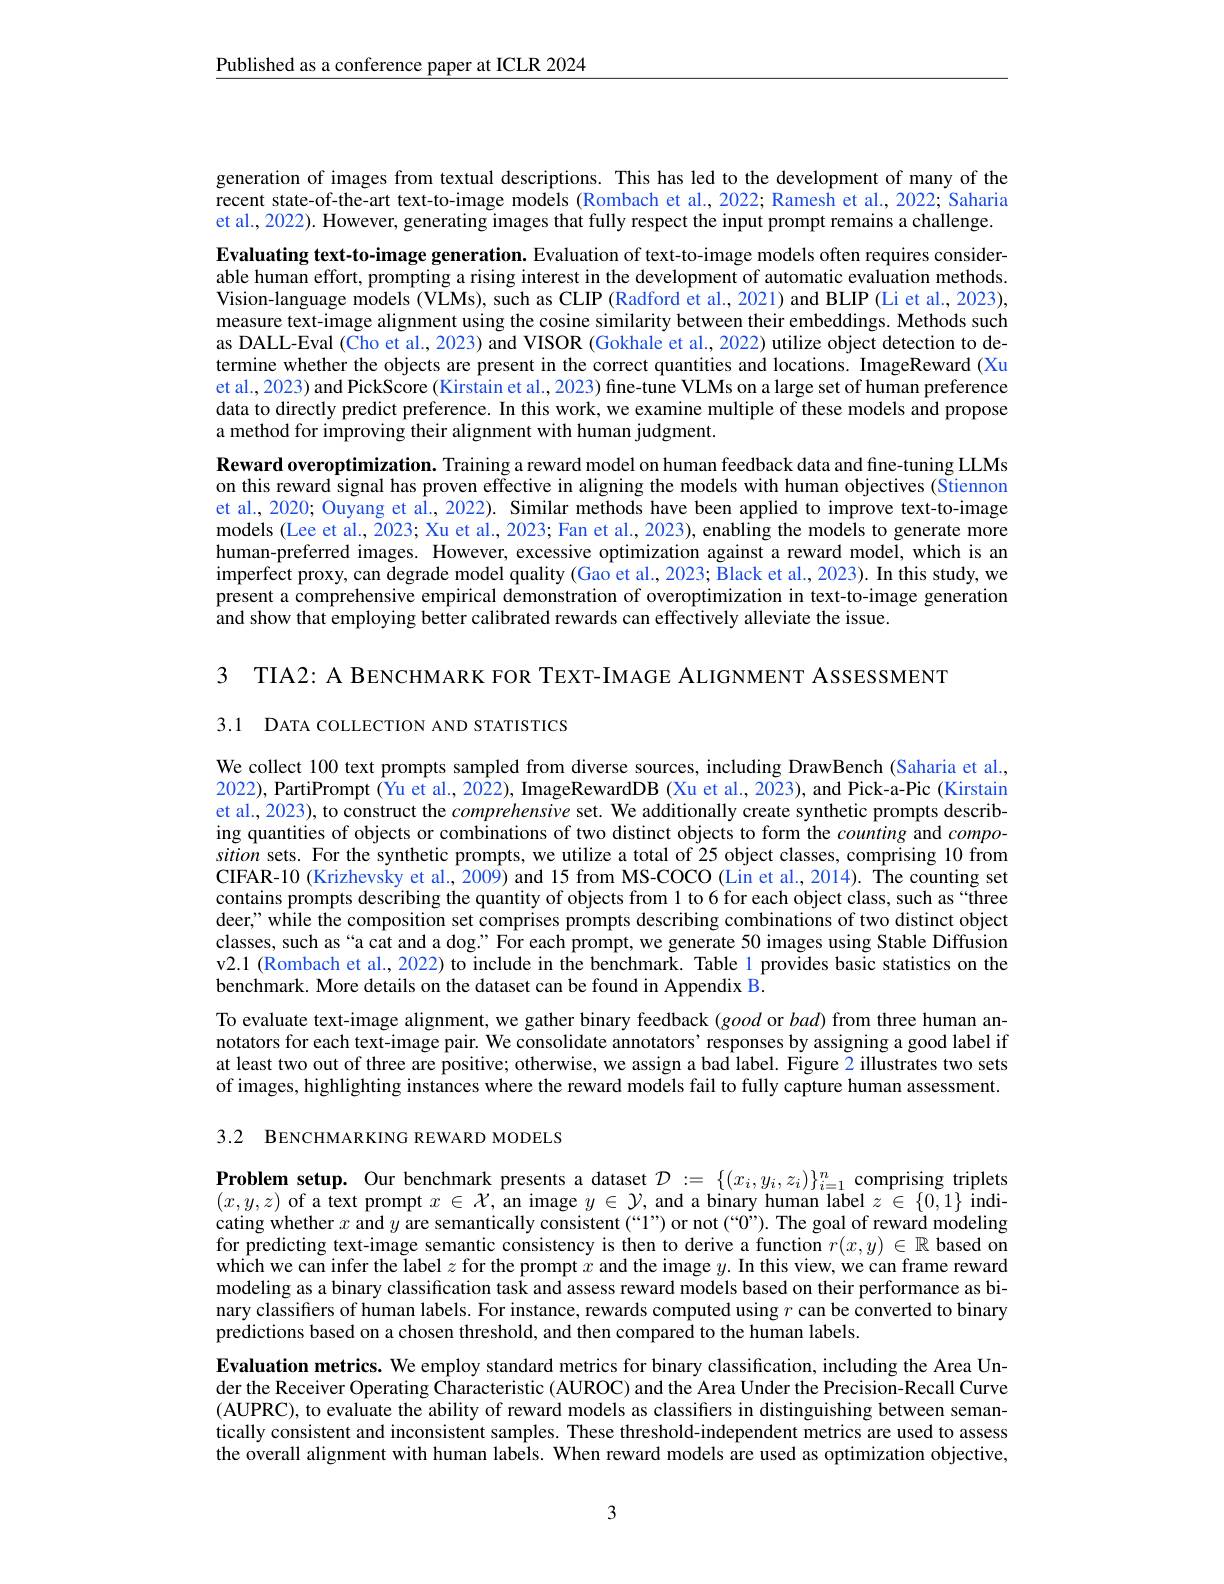
$\underline{\text{Published as a conference paper at ICLR 2024}}$

generation of images from textual descriptions. This has led to the development of many of the recent state-of-the-art text-to-image models (Rombach et al., 2022; Ramesh et al., 2022; Saharia et al., 2022). However, generating images that fully respect the input prompt remains a challenge. Evaluating text-to-image generation. Evaluation of text-to-image models often requires considerable human effort, prompting a rising interest in the development of automatic evaluation methods Vision-language models (VLMs), such as CLIP (Radford et al., 2021) and BLIP (Li et al., 2023), measure text-image alignment using the cosine similarity between their embeddings. Methods such as DALL-Eval (Cho et al., 2023) and VISOR (Gokhale et al., 2022) utilize object detection to determine whether the objects are present in the correct quantities and locations. ImageReward (Xu et al., 2023) and PickScore (Kirstain et al., 2023) fine-tune VLMs on a large set of human preference data to directly predict preference. In this work, we examine multiple of these models and propose a method for improving their alignment with human judgment.
Reward overoptimization. Training a reward model on human feedback data and fine-tuning LLMs on this reward signal has proven effective in aligning the models with human objectives (Stiennon et al., 2020; Ouyang et al., 2022). Similar methods have been applied to improve text-to-image models (Lee et al., 2023; Xu et al., 2023; Fan et al., 2023), enabling the models to generate more human-preferred images. However, excessive optimization against a reward model, which is an imperfect proxy, can degrade model quality (Gao et al., 2023; Black et al., 2023). In this study, we present a comprehensive empirical demonstration of overoptimization in text-to-image generation and show that employing better calibrated rewards can effectively alleviate the issue.

3 TIA2: A BENCHMARK FOR TEXT-IMAGE ALIGNMENT ASSESSMENT
3.1 DATA COLLECTION AND STATISTICS

We collect 100 text prompts sampled from diverse sources, including DrawBench (Saharia et al., 2022), PartiPrompt ($\hat{\text{Yu et al., 2022), ImageRewardDB (Xu et al., 2023), and Pick-a-Pic (Kirstaint })}$ et al., 2023), to construct the comprehensive set. We additionally create synthetic prompts describing quantities of objects or combinations of two distinct objects to form the counting and $compo-$ sition sets. For the synthetic prompts, we utilize a total of 25 object classes, comprising 10 from CIFAR-10 (Krizhevsky et al., 2009) and 15 from MS-COCO (Lin et al., 2014). The counting set contains prompts describing the quantity of objects from 1 to 6 for each object class, such as “three deer;" while the composition set comprises prompts describing combinations of two distinct object classes, such as“a cat and a dog:” For each prompt, we generate 50 images using Stable Diffusion v2.1 (Rombach et al., 2022) to include in the benchmark. Table 1 provides basic statistics on the benchmark. More details on the dataset can be found in Appendix B.
To evaluate text-image alignment, we gather binary feedback $(good$ or $bad)$ from three human annotators for each text-image pair. We consolidate annotators' responses by assigning a good label if at least two out of three are positive; otherwise, we assign a bad label. Figure 2 illustrates two sets of images, highlighting instances where the reward models fail to fully capture human assessment.

3.2 BENCHMARKING REWARD MODELS

Problem setup. Our benchmark presents a dataset $\mathcal{D}:=\{(x_i,y_i,z_i)\}_{i=1}^n$ comprising triplets $(x,y,z)$ of a text prompt $x\in\mathcal{X}$, an image $y\in\mathcal{Y}$, and a binary human label $z\in\{0,1\}$ indicating whether $x$ and $y$ are semantically consistent (“1”) or not (“0”). The goal of reward modeling for predicting text-image semantic consistency is then to derive a function $r(x,y)\in\mathbb{R}$ based on which we can infer the label $z$ for the prompt $x$ and the image $y.$ In this view, we can frame reward modeling as a binary classification task and assess reward models based on their performance as binary classifiers of human labels. For instance, rewards computed using $r$ can be converted to binary predictions based on a chosen threshold, and then compared to the human labels
Evaluation metrics. We employ standard metrics for binary classification, including the Area Under the Receiver Operating Characteristic (AUROC) and the Area Under the Precision-Recall Curve (AUPRC), to evaluate the ability of reward models as classiffers in distinguishing between semantically consistent and inconsistent samples. These threshold-independent metrics are used to assess the overall alignment with human labels. When reward models are used as optimization objective,

3